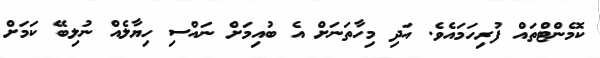
ކޮމެންޓްތައް ފުރިހަމައެވެ. އަދި މިހާތަނަށް އެ ބުއިމަށް ނައްސި ހިޔާލެއް ނުލިބޭ ކަމަށް